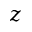
z